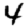
Digit: 4